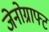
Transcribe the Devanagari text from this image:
जेनोग्राफ्ट